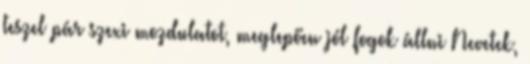
teszel pár szexi mozdulatot, meglepően jól fogok állni Nevetek,